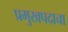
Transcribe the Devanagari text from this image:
प्रमुखपदाचा